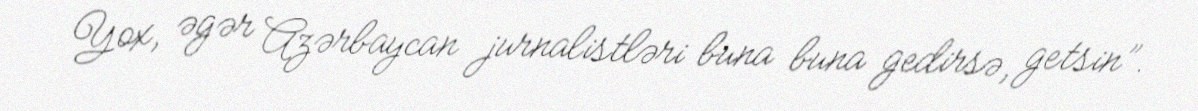
Yox, əgər Azərbaycan jurnalistləri buna buna gedirsə, getsin”.